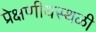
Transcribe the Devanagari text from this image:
प्रेक्षणीयस्थळी